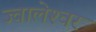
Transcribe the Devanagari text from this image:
ज्‍वालेश्‍वर